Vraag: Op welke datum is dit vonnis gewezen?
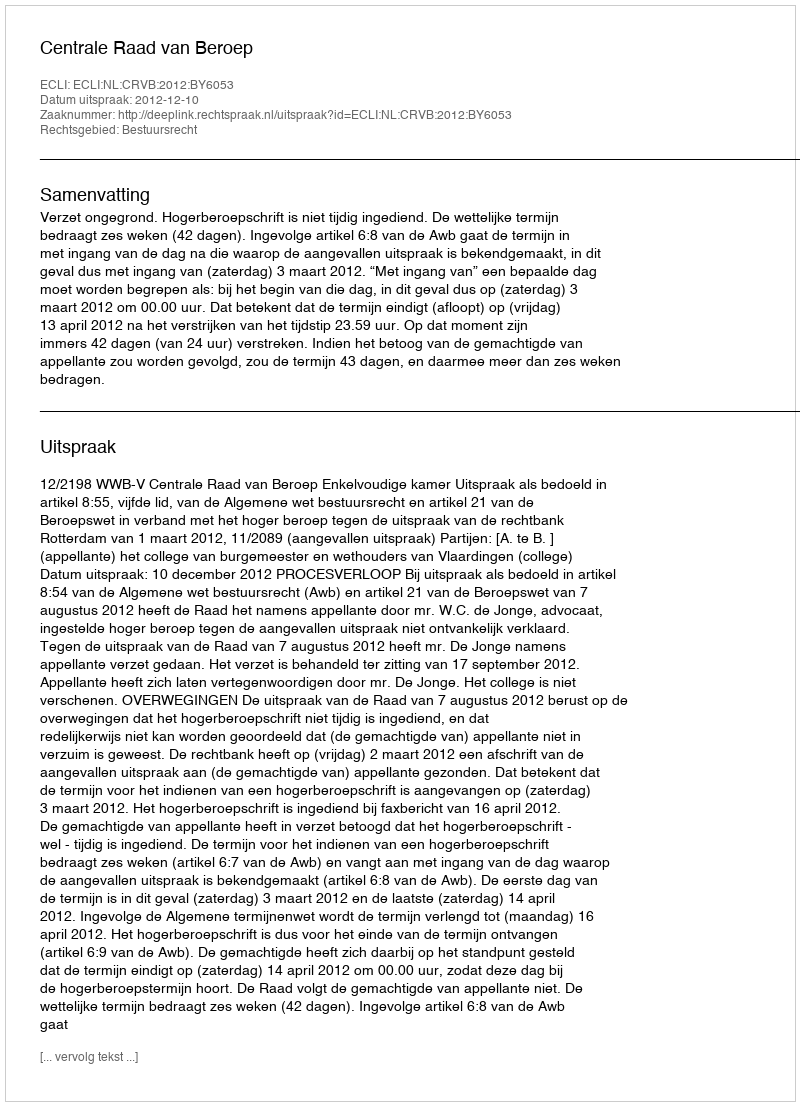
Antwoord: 2012-12-10